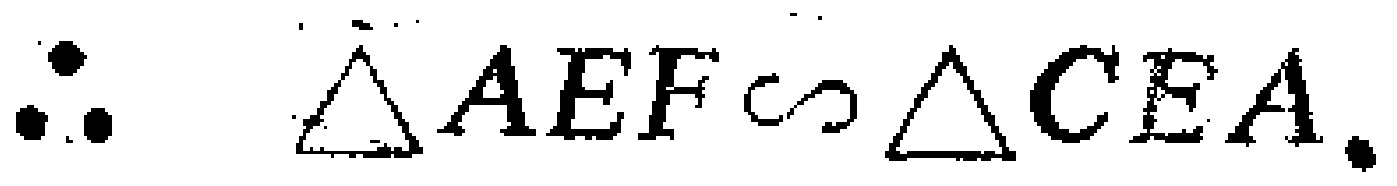
\(\therefore \triangle AEF\sim\triangle CEA.\)